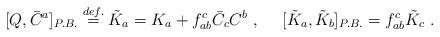
LaTeX: \begin{align*}[Q,\bar{C}^a]_{P.B.}\stackrel{def.}{=}\tilde{K}_a =K_a+f_{ab}^c \bar{C}_c C^b~,~~~~[\tilde{K}_a,\tilde{K}_b]_{P.B.}=f_{ab}^c \tilde{K}_c~.\end{align*}